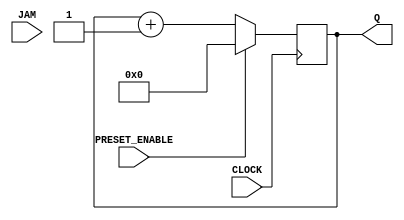
`timescale 10ns / 1ns 

module CD4029B(
    input wire PRESET_ENABLE,
    input wire CLOCK,
    input wire [4:1] JAM,
    output reg [4:1] Q
    );

    always @(posedge CLOCK)
    begin
        if(PRESET_ENABLE == 1'b1)
            Q <= #4 4'b0000;
        else
            Q <= #4 Q + 4'b0001;
    end

endmodule

module testbench;
    reg clk;
    reg reset;
    
    CD4029B counter(
        .PRESET_ENABLE(reset),
        .CLOCK(clk),
        .JAM(4'b0000)
    );

    wire ctval = counter.Q[1];

    initial begin
        clk = 0;
        reset = 1;
        #10;
        clk = 1;
        #10;
        clk = 0;
        reset = 0;
        //$display("%d\n",clk);
        #8000;
        $finish;
    end
    
    always begin
        #10;
        clk = ~clk;
        $display("%d-%d\n",clk,counter.Q);
    end

endmodule